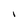
Character: I